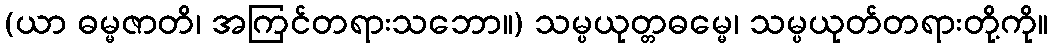
(ယာ ဓမ္မဇာတိ၊ အကြင်တရားသဘော။) သမ္ပယုတ္တဓမ္မေ၊ သမ္ပယုတ်တရားတို့ကို။